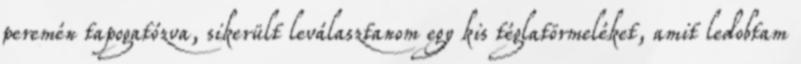
peremén tapogatózva, sikerült leválasztanom egy kis téglatörmeléket, amit ledobtam